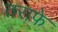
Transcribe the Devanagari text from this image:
तराफे